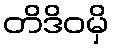
တိဒိဝမှိ